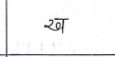
मजकूर: ख